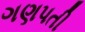
ગણપતી